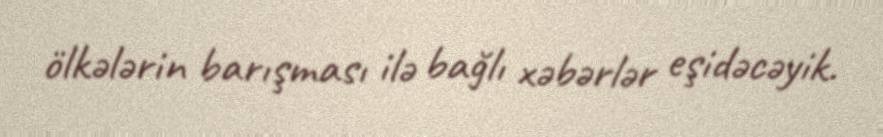
ölkələrin barışması ilə bağlı xəbərlər eşidəcəyik.